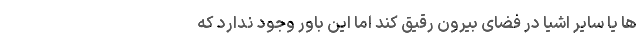
ها یا سایر اشیا در فضای بیرون رقیق کند اما این باور وجود ندارد که